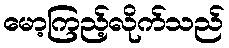
မော့ကြည့်လိုက်သည်